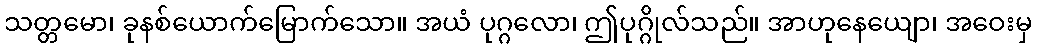
သတ္တမော၊ ခုနစ်ယောက်မြောက်သော။ အယံ ပုဂ္ဂလော၊ ဤပုဂ္ဂိုလ်သည်။ အာဟုနေယျော၊ အဝေးမှ